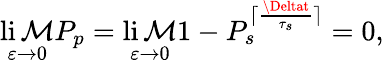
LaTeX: \operatorname*{li\mathcal{M}}_{\varepsilon\to0}P_{p}=\operatorname*{li\mathcal{M}}_{\varepsilon\to0}1-P_{s}^{\lceil\frac{{\Deltat}}{{\tau_{s}}}\rceil}=0,